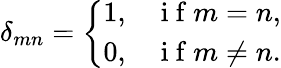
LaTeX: \delta_{mn}=\left\{ \begin{array}{ll}{1,}&{\mathrm{~i~f~}m=n,}\\ {0,}&{\mathrm{~i~f~}m\neq n.}\end{array}\right.